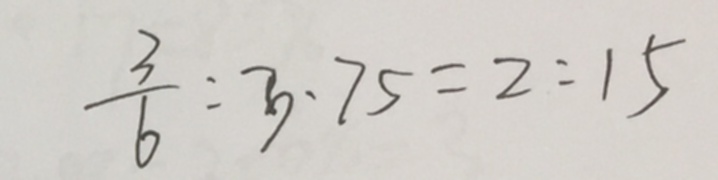
\frac { 3 } { 6 } : 3 . 7 5 = 2 : 1 5